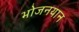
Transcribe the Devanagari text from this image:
भोजनयान